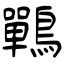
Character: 鷤